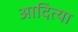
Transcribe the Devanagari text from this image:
आदित्या